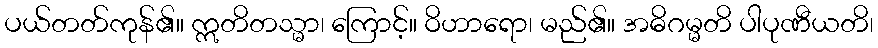
ပယ်တတ်ကုန်၏။ ဣတိတသ္မာ၊ ကြောင့်။ ဝိဟာရော၊ မည်၏။ အဓိဂမ္မတိ ပါပုဏီယတိ၊